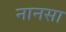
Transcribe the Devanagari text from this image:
नानसा